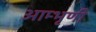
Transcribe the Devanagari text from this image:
आम्भृणी